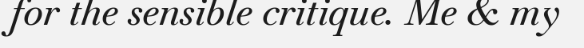
for the sensible critique. Me & my